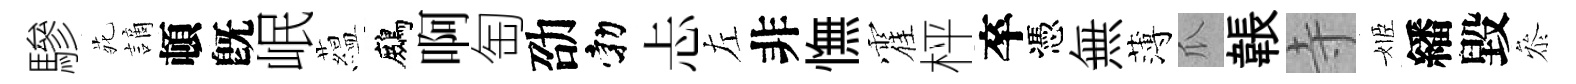
驂𫟍謫頓旣岷藴鷓啊匋劭勃忐左非憮霍枰卒憑無薄瓜韔寺姬繙毀叅